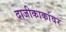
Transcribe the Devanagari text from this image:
दाजीकाकांवर